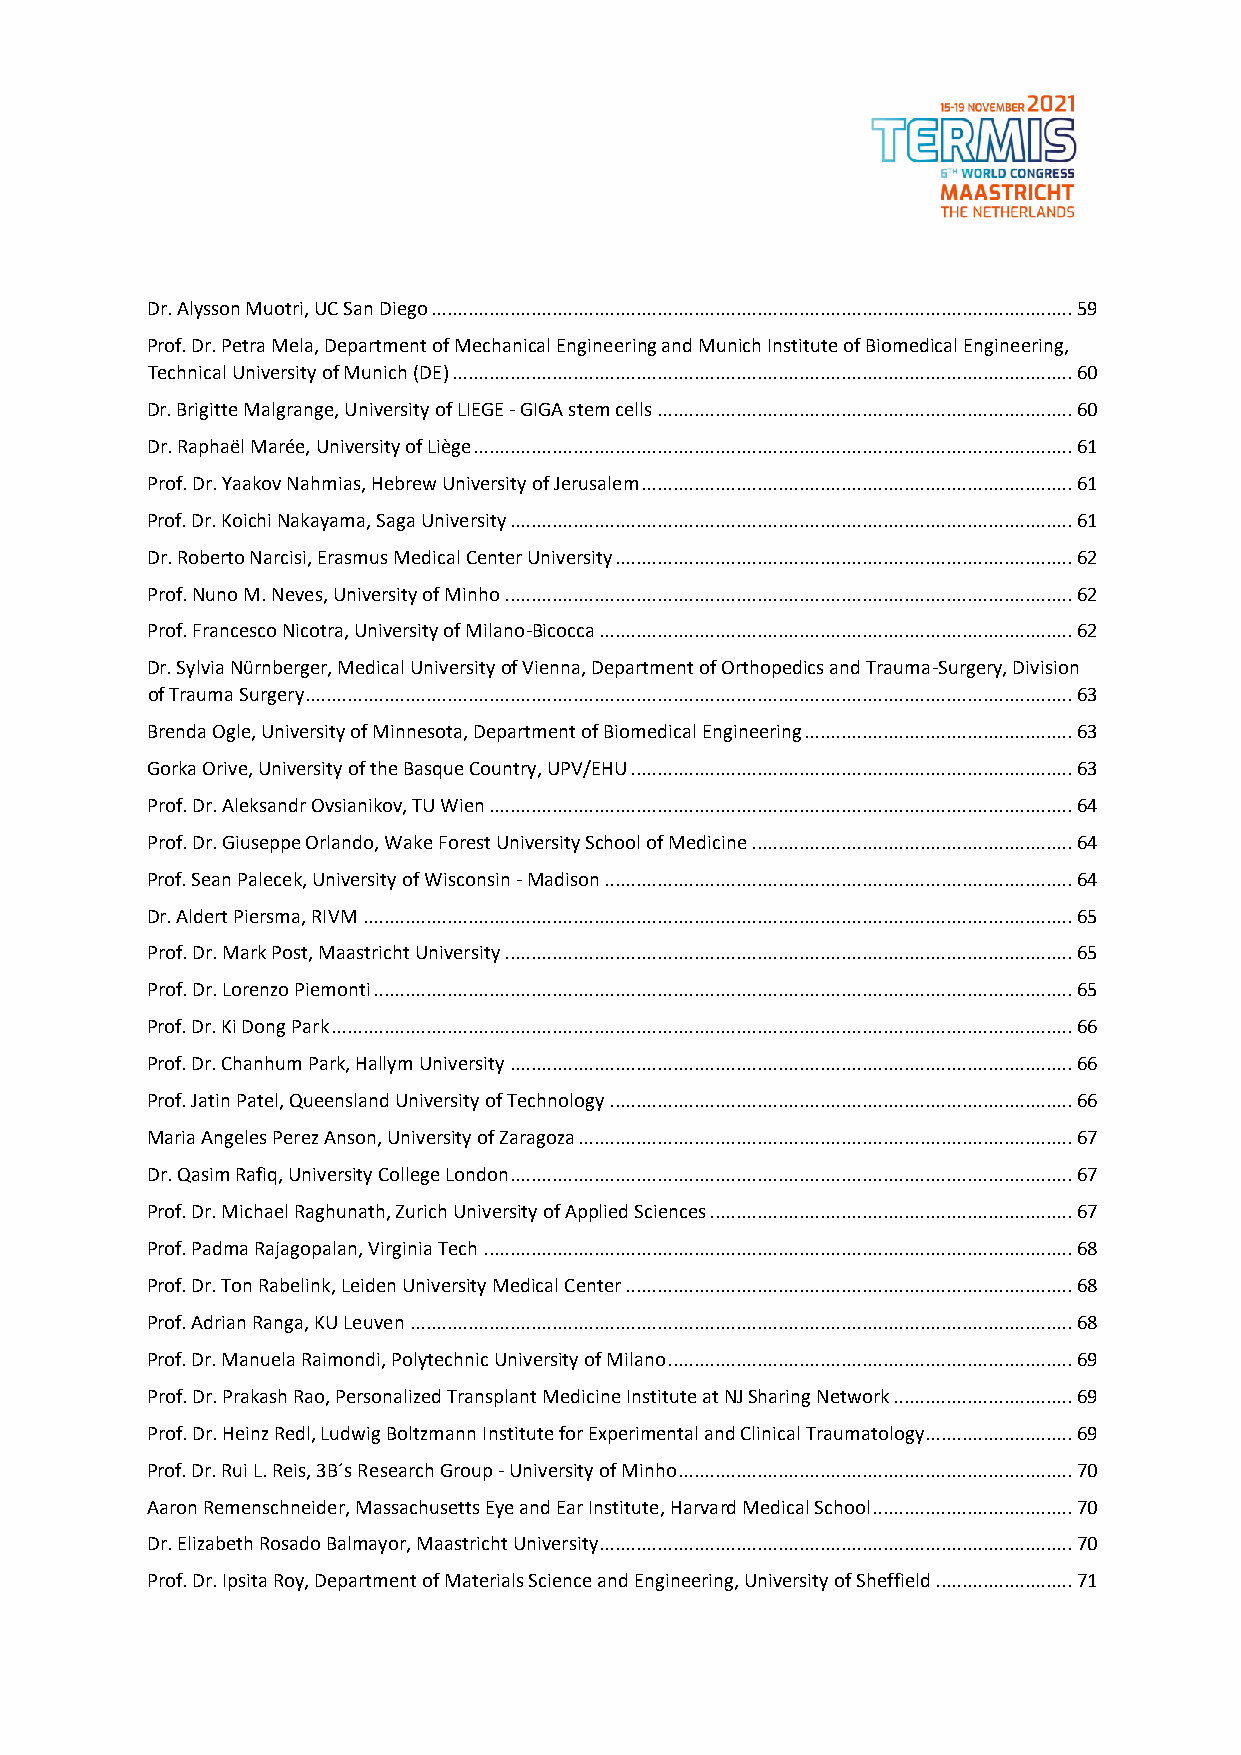
Dr. Alysson Muotri, UC San Diego .......................................................................................................................... 59
 Prof. Dr. Petra Mela, Department of Mechanical Engineering and Munich Institute of Biomedical Engineering,
 Technical University of Munich (DE) ...................................................................................................................... 60
 Dr. Brigitte Malgrange, University of LIEGE - GIGA stem cells ............................................................................... 60
 Dr. Raphaël Marée, University of Liège .................................................................................................................. 61
 Prof. Dr. Yaakov Nahmias, Hebrew University of Jerusalem .................................................................................. 61
 Prof. Dr. Koichi Nakayama, Saga University ........................................................................................................... 61
 Dr. Roberto Narcisi, Erasmus Medical Center University ....................................................................................... 62
 Prof. Nuno M. Neves, University of Minho ............................................................................................................ 62
 Prof. Francesco Nicotra, University of Milano-Bicocca .......................................................................................... 62
 Dr. Sylvia Nürnberger, Medical University of Vienna, Department of Orthopedics and Trauma-Surgery, Division
 of Trauma Surgery .................................................................................................................................................. 63
 Brenda Ogle, University of Minnesota, Department of Biomedical Engineering ................................................... 63
 Gorka Orive, University of the Basque Country, UPV/EHU .................................................................................... 63
 Prof. Dr. Aleksandr Ovsianikov, TU Wien ............................................................................................................... 64
 Prof. Dr. Giuseppe Orlando, Wake Forest University School of Medicine ............................................................. 64
 Prof. Sean Palecek, University of Wisconsin - Madison ......................................................................................... 64
 Dr. Aldert Piersma, RIVM ....................................................................................................................................... 65
 Prof. Dr. Mark Post, Maastricht University ............................................................................................................ 65
 Prof. Dr. Lorenzo Piemonti ..................................................................................................................................... 65
 Prof. Dr. Ki Dong Park ............................................................................................................................................. 66
 Prof. Dr. Chanhum Park, Hallym University ........................................................................................................... 66
 Prof. Jatin Patel, Queensland University of Technology ........................................................................................ 66
 Maria Angeles Perez Anson, University of Zaragoza .............................................................................................. 67
 Dr. Qasim Rafiq, University College London........................................................................................................... 67
 Prof. Dr. Michael Raghunath, Zurich University of Applied Sciences ..................................................................... 67
 Prof. Padma Rajagopalan, Virginia Tech ................................................................................................................ 68
 Prof. Dr. Ton Rabelink, Leiden University Medical Center ..................................................................................... 68
 Prof. Adrian Ranga, KU Leuven .............................................................................................................................. 68
 Prof. Dr. Manuela Raimondi, Polytechnic University of Milano ............................................................................. 69
 Prof. Dr. Prakash Rao, Personalized Transplant Medicine Institute at NJ Sharing Network .................................. 69
 Prof. Dr. Heinz Redl, Ludwig Boltzmann Institute for Experimental and Clinical Traumatology ............................ 69
 Prof. Dr. Rui L. Reis, 3B´s Research Group - University of Minho ........................................................................... 70
 Aaron Remenschneider, Massachusetts Eye and Ear Institute, Harvard Medical School ...................................... 70
 Dr. Elizabeth Rosado Balmayor, Maastricht University .......................................................................................... 70
 Prof. Dr. Ipsita Roy, Department of Materials Science and Engineering, University of Sheffield .......................... 71